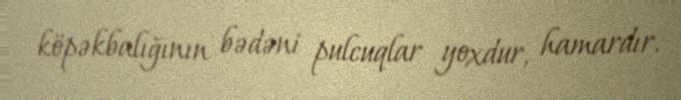
köpəkbalığının bədəni pulcuqlar yoxdur, hamardır.